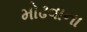
મોઢવાના